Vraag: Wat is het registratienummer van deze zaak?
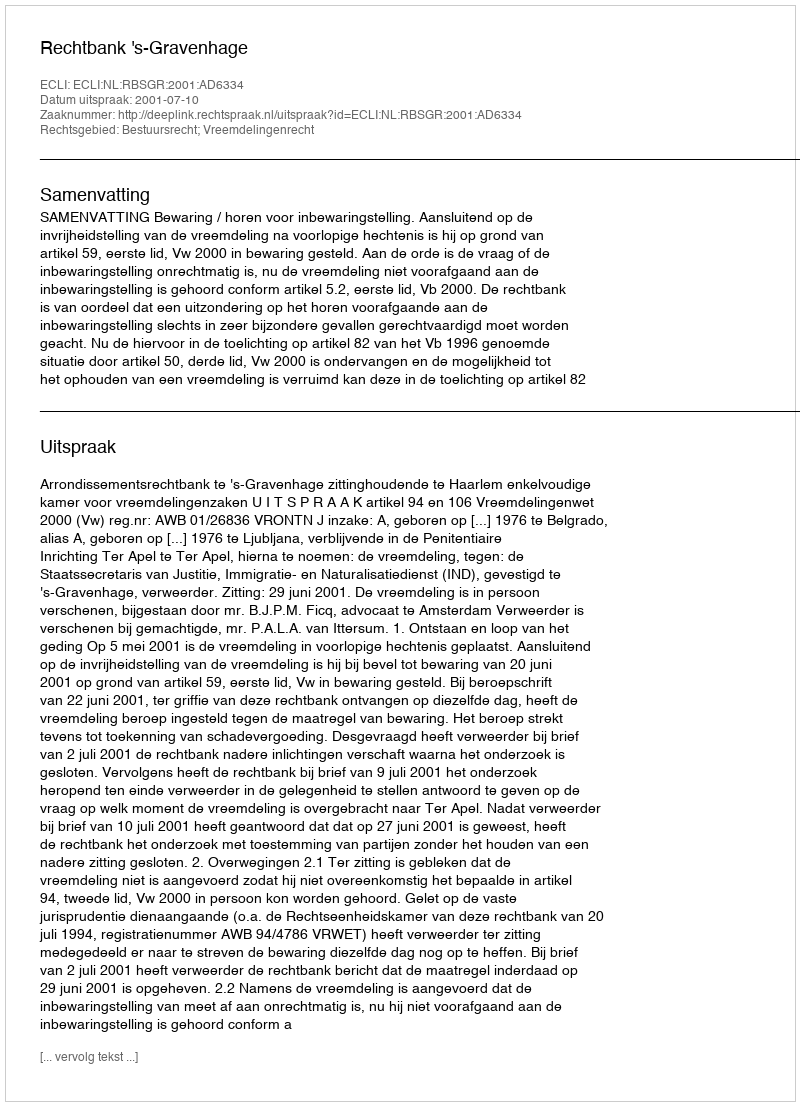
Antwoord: http://deeplink.rechtspraak.nl/uitspraak?id=ECLI:NL:RBSGR:2001:AD6334